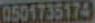
0501735174